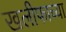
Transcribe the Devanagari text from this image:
खलीफाच्या